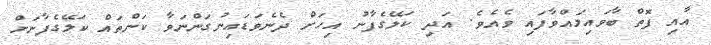
އާއި ފޮތް ބާވައިލައްވާފައި ވެއެވެ. އަދި ކަލޭގެފާނު އިހަށް ދެނެވަޑައިނުގަންނަވާ ކަންތައް ކަލޭގެފާނަށް